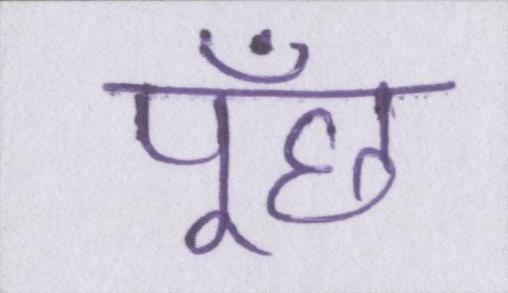
पूँछ